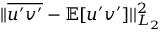
| | \overline { { u ^ { \prime } v ^ { \prime } } } - \mathbb { E } [ u ^ { \prime } v ^ { \prime } ] | | _ { L _ { 2 } } ^ { 2 }